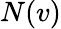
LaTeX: N(v)